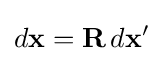
d\mathbf {x} =\mathbf {R} \,d\mathbf {x} '\,\!